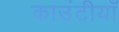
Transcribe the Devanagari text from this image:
काउंटीयाँ